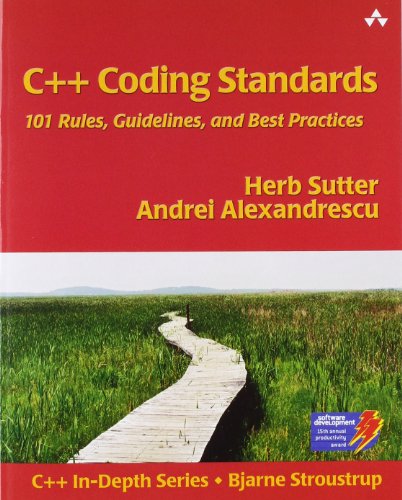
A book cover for C++ Coding Standards: 101 Rules, Guidelines, and Best Practices; Herb Sutter; Computers & Technology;